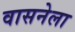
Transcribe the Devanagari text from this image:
वासनेला